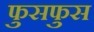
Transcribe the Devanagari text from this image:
फुसफुस